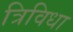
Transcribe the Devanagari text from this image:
त्रिविधा